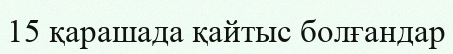
15 қарашада қайтыс болғандар